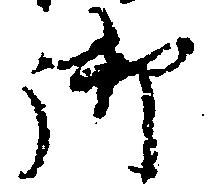
御